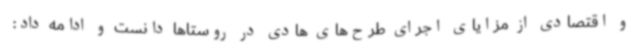
و اقتصادی از مزایای اجرای طرح‌های هادی در روستاها دانست و ادامه داد: